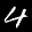
Label: 4